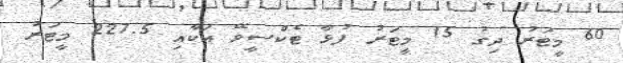
60 މީޓަރު ދިގު 15 މީޓަރު ފުޅާ ޓެކްސީވޭ އަކާއި 227.5 މީޓަރު